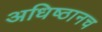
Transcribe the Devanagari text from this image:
अधिष्ठानच